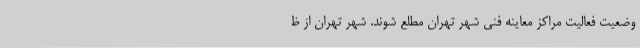
وضعیت فعالیت مراکز معاینه فنی شهر تهران مطلع شوند. شهر تهران از ظ